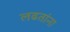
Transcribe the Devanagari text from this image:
लढतांना